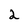
Character: 2